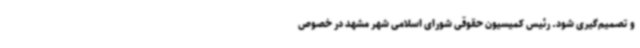
و تصمیم‌گیری شود. رئیس کمیسیون حقوقی شورای اسلامی شهر مشهد در خصوص